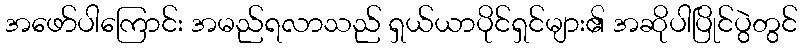
အဖော်ပါကြောင်း အမည်ရလာသည် ရှယ်ယာပိုင်ရှင်များ၏ အဆိုပါပြိုင်ပွဲတွင်